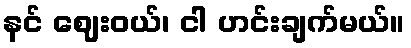
နင် ဈေးဝယ်၊ ငါ ဟင်းချက်မယ်။